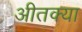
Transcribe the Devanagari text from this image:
अीतक्या